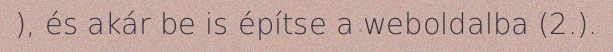
), és akár be is építse a weboldalba (2.).